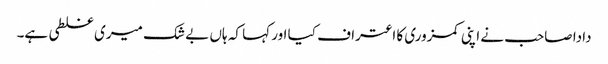
دادا صاحب نے اپنی کمزوری کا اعتراف کیا اور کہا کہ ہاں بے شک میری غلطی ہے۔